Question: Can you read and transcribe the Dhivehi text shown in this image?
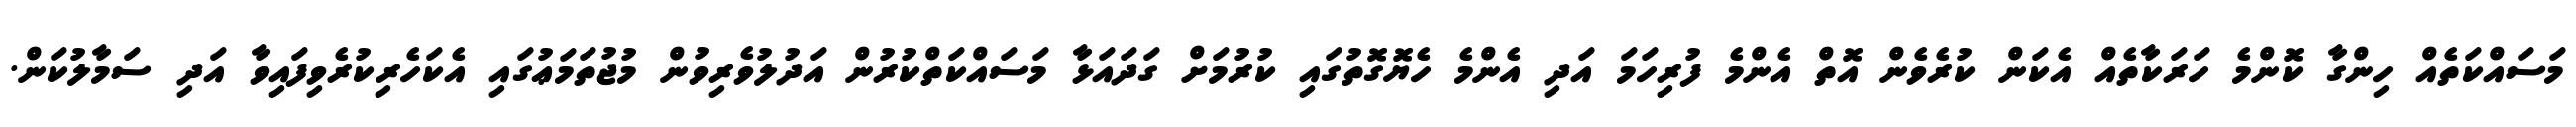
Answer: މަސައްކަތެއް ހިންގާ ކޮންމެ ހަރަކާތެއް އެކަން ކުރެވެން އޮތް އެންމެ ފުރިހަމަ އަދި އެންމެ ހެޔޮގޮތުގައި ކުރުމަށް ގަދައަޅާ މަސައްކަތްކުރުން އަދުލުވެރިވުން މުޖުތަމަޢުގައި އެކަހެރިކުރެވިފައިވާ އަދި ސަމާލުކަން.